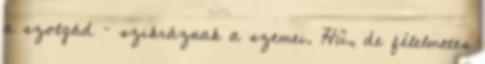
a szolgád – szikráznak a szemei. Hű, de félelmetes